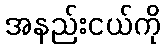
အနည်းငယ်ကို